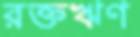
রক্তঋণ